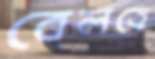
বেলতে